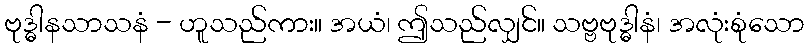
ဗုဒ္ဓါနသာသနံ - ဟူသည်ကား။ အယံ၊ ဤသည်လျှင်။ သဗ္ဗဗုဒ္ဓါနံ၊ အလုံးစုံသော